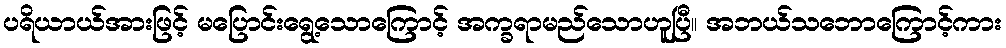
ပရိယာယ်အားဖြင့် မပြောင်းရွေ့သောကြောင့် အက္ခရာမည်သောဟူပြီ။ အဘယ်သဘောကြောင့်ကား